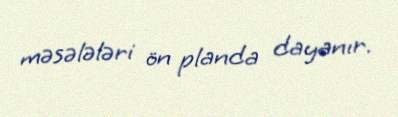
məsələləri ön planda dayanır.